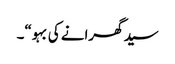
سید گھرانے کی بہو“۔